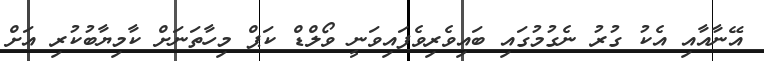
އޭނާއާއި އެކު ގުރު ނެގުމުގައި ބައިވެރިވެފައިވަނީ ވޯލްޑް ކަޕް މިހާތަނަށް ކާމިޔާބުކުރި އަށް